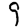
Digit: 9